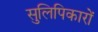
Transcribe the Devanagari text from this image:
सुलिपिकारों